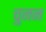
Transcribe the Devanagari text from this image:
चुनन